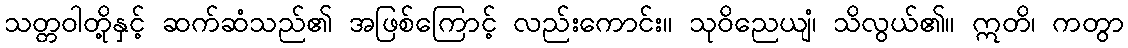
သတ္တဝါတို့နှင့် ဆက်ဆံသည်၏ အဖြစ်ကြောင့် လည်းကောင်း။ သုဝိညေယျံ၊ သိလွယ်၏။ ဣတိ၊ ကတွာ